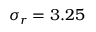
\sigma _ { r } = 3 . 2 5